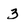
Character: 3